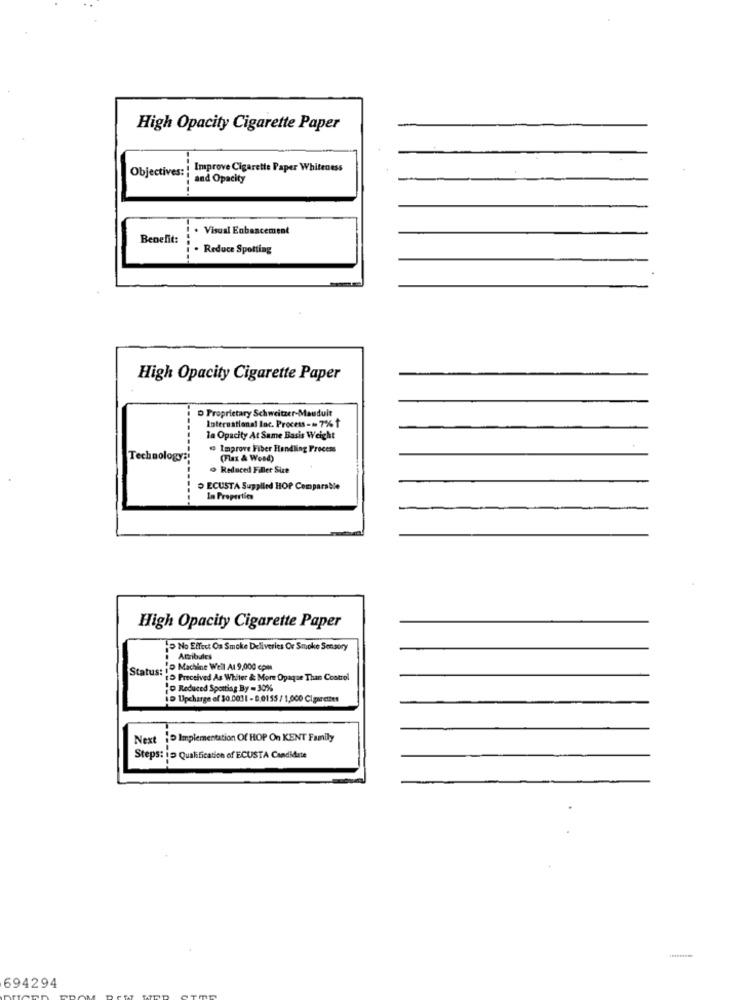
High Opacity Cigarette Paper
Objectives:
Improve Cigarette Paper Whiteness
and Opacity
. Visual Enbancement
Benefit:
. Reduce Spotting
High Opacity Cigarette Paper
D Proprietary Schweitzer-Mauduit
International Inc. Process -= 7% Ť
la Opacity At Same Basis Weight
@ Improve Fiber Handling Process
Technology:
(Flax & Weed)
9 Reduced Filler Size
ECUSTA Supplied HOP Comparable
La Properties
High Opacity Cigarette Paper
No Effect Oa Smoke Deliveries Or Smoke Sensory
Atribules
." Machine Well At 9,000 cp
Status: is Preceived As Whiter & More Opaque Than Control
'D Reduced Sporting By - 30%
i= Upcharge of $0.0031 - D.0155 / 1,000 Cigarettes
Next : Implementation Of HOP On KENT Family
Steps: i Qualification of ECUSTA Candidate
694294